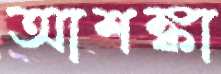
আশঙ্কা